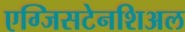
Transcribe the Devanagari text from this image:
एग्जिसटेनशिअल